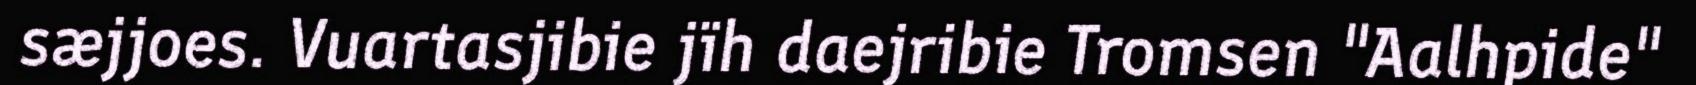
sæjjoes. Vuartasjibie jïh daejribie Tromsen "Aalhpide"